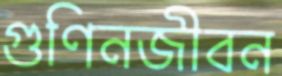
গুণিনজীবন